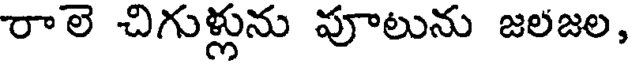
రాలె చిగుళ్లును పూలును జలజల,